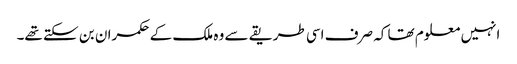
انہیں معلوم تھا کہ صرف اسی طریقے سے وہ ملک کے حکمران بن سکتے تھے۔